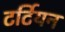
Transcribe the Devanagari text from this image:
टर्टियन